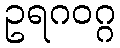
ဥရဂဝဂ္ဂ